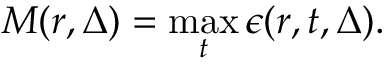
M ( r , \Delta ) = \operatorname* { m a x } _ { t } \epsilon ( r , t , \Delta ) .